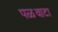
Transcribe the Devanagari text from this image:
पळवाटा